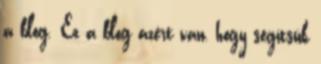
a blog. Ez a blog azért van, hogy segítsük